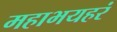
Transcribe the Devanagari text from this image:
महाभयहरं